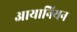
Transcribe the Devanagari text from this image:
आयानियन